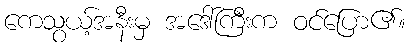
ကေသွယ့်အနီးမှ အဒေါ်ကြီးက ဝင်ပြော၏။